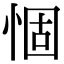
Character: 𢛅